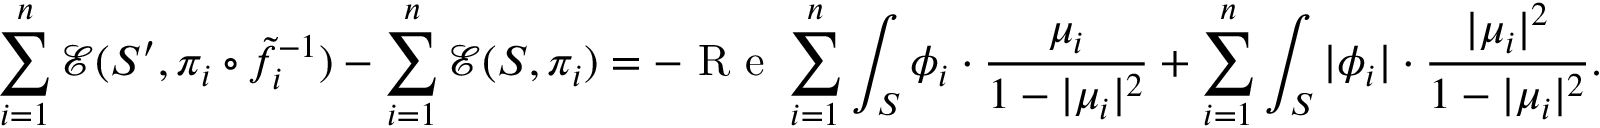
\sum _ { i = 1 } ^ { n } \mathcal { E } ( S ^ { \prime } , \pi _ { i } \circ \tilde { f } _ { i } ^ { - 1 } ) - \sum _ { i = 1 } ^ { n } \mathcal { E } ( S , \pi _ { i } ) = - \textrm { R e } \sum _ { i = 1 } ^ { n } \int _ { S } \phi _ { i } \cdot \frac { \mu _ { i } } { 1 - | \mu _ { i } | ^ { 2 } } + \sum _ { i = 1 } ^ { n } \int _ { S } | \phi _ { i } | \cdot \frac { | \mu _ { i } | ^ { 2 } } { 1 - | \mu _ { i } | ^ { 2 } } .